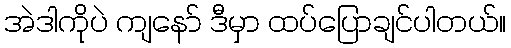
အဲဒါကိုပဲ ကျနော် ဒီမှာ ထပ်ပြောချင်ပါတယ်။